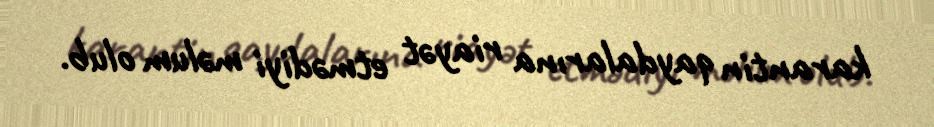
karantin qaydalarına riayət etmədiyi məlum olub.